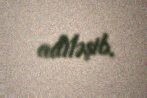
adiləşib.